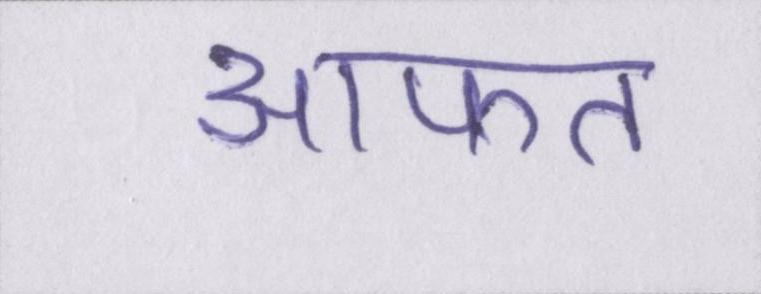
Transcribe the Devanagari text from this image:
आफत